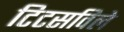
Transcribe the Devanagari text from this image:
टिटसविले